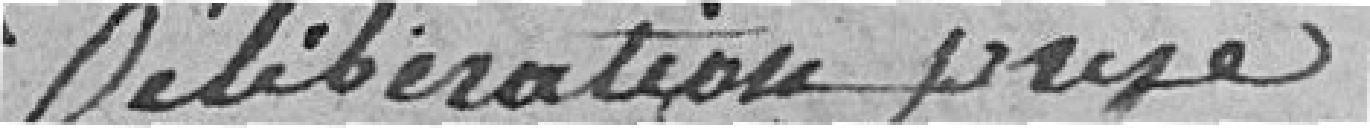
Délibération prise